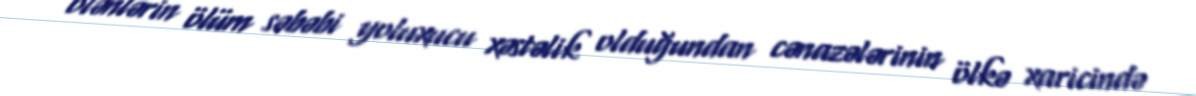
ölənlərin ölüm səbəbi yoluxucu xəstəlik olduğundan cənazələrinin ölkə xaricində